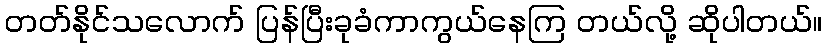
တတ်နိုင်သလောက် ပြန်ပြီးခုခံကာကွယ်နေကြ တယ်လို့ ဆိုပါတယ်။